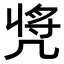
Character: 𠙝